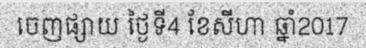
ចេញផ្សាយ ថ្ងៃទី4 ខែសីហា ឆ្នាំ2017